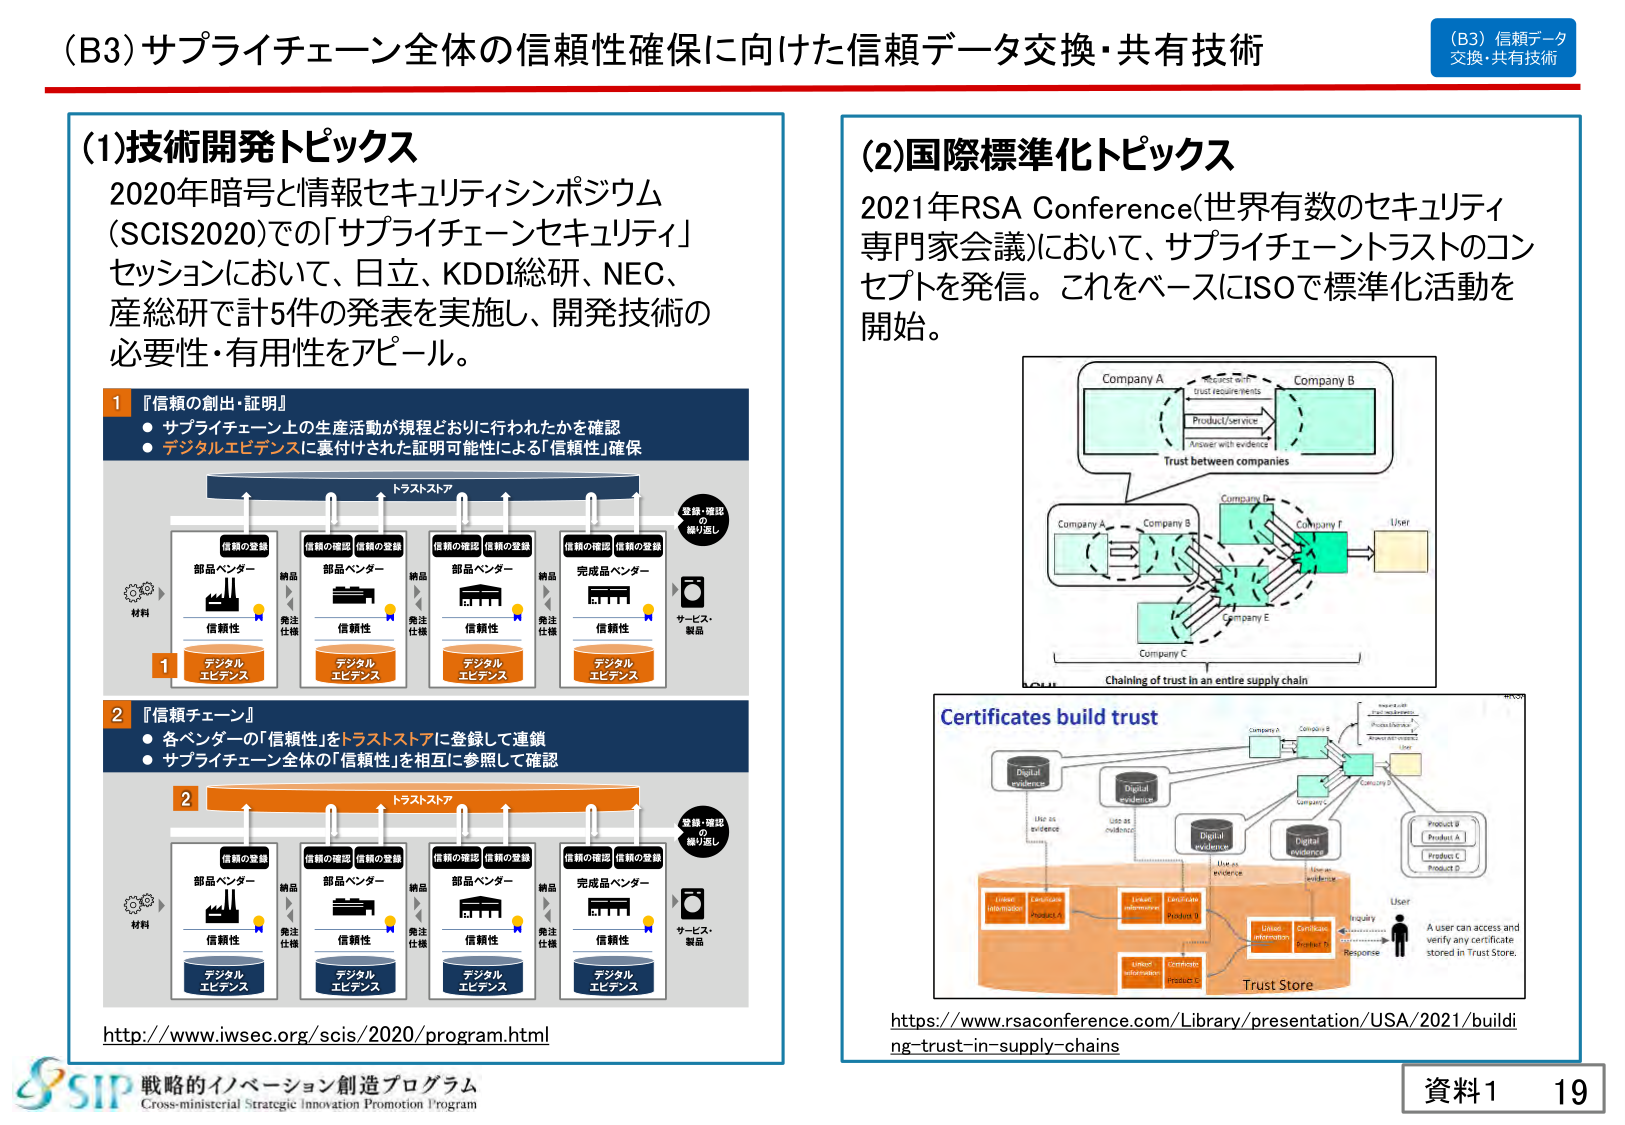
(B3) サプライチェーン全体の信頼性確保に向けた信頼データ交換・共有技術

(B3) 信頼データ
交換・共有技術

(1)技術開発トピックス
2020年暗号と情報セキュリティシンポジウム
(SCIS2020)での「サプライチェーンセキュリティ」
セッションにおいて、日立、KDDI総研、NEC、
産総研で計5件の発表を実施し、開発技術の
必要性・有用性をアピール。

1 『信頼の創出・証明』
● サプライチェーン上の生産活動が規程どおりに行われたかを確認
● デジタルエビデンスに裏付けされた証明可能性による「信頼性」確保

トラストストア
登録・確認
の
繰り返し

材料
信頼の登録
部品ベンダー
信頼性
デジタル
エビデンス
納品
発注
仕様

信頼の確認
信頼の登録
部品ベンダー
信頼性
デジタル
エビデンス
納品
発注
仕様

信頼の確認
信頼の登録
部品ベンダー
信頼性
デジタル
エビデンス
納品
発注
仕様

信頼の確認
信頼の登録
完成品ベンダー
信頼性
デジタル
エビデンス
納品
発注
仕様

サービス・
製品

2 『信頼チェーン』
● 各ベンダーの「信頼性」をトラストストアに登録して連鎖
● サプライチェーン全体の「信頼性」を相互に参照して確認

トラストストア
登録・確認
の
繰り返し

材料
信頼の登録
部品ベンダー
信頼性
デジタル
エビデンス
納品
発注
仕様

信頼の確認
信頼の登録
部品ベンダー
信頼性
デジタル
エビデンス
納品
発注
仕様

信頼の確認
信頼の登録
部品ベンダー
信頼性
デジタル
エビデンス
納品
発注
仕様

信頼の確認
信頼の登録
完成品ベンダー
信頼性
デジタル
エビデンス
納品
発注
仕様

サービス・
製品

http://www.iwsec.org/scis/2020/program.html

(2)国際標準化トピックス
2021年RSA Conference(世界有数のセキュリティ
専門家会議)において、サプライチェーントラストのコン
セプトを発信。これをベースにISOで標準化活動を
開始。

Company A
Request with
trust requirements
Product/Service
Answer with evidence
Trust between companies
Company B

Company A
Company B
Company D
Company F
User
Company E
Company C
Chaining of trust in an entire supply chain

Certificates build trust
Digital
evidence
Use as
evidence
Use as
evidence
Digital
evidence
Use as
evidence
Digital
evidence
Use as
evidence
Digital
evidence
User
Inquiry
Response
A user can access and
verify any certificate
stored in Trust Store.
Trust Store
User
Information
Certificate
Product A
User
Information
Certificate
Product B
User
Information
Certificate
Product C
Company A
Company B
Company C
Company D
Company E
Company F
User
Product A
Product B
Product C
Product D

https://www.rsaconference.com/Library/presentation/USA/2021/building_trust_in_supply_chains

SIP 戦略的イノベーション創造プログラム
Cross-ministerial Strategic Innovation Promotion Program

資料1 19